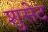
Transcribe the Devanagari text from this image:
शुसेट